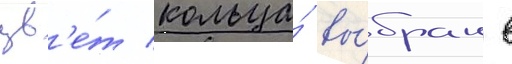
цв'е́т кольца́ вы́бран в